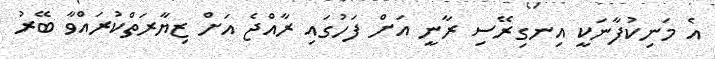
އެ މަނިކުފާނަކީ އިނގިރޭސި ރާނީ އަށް ފަހުގައި ރާއްޖެ އަށް ޒިޔާރަތްކުރައްވާ ބޭރު